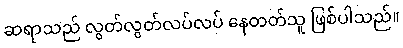
ဆရာသည် လွတ်လွတ်လပ်လပ် နေတတ်သူ ဖြစ်ပါသည်။